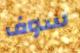
سوف